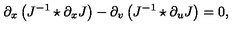
\partial _ { x } \left( J ^ { - 1 } \star \partial _ { x } J \right) - \partial _ { v } \left( J ^ { - 1 } \star \partial _ { u } J \right) = 0 ,